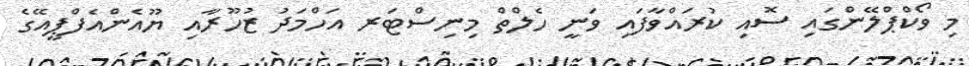
މި ވޯކްޕްލޭންގައި ސޮއި ކުރައްވާފައި ވަނީ ހެލްތް މިނިސްޓަރ އަހްމަދު ޒުހޫރާއި ޔޫއެންއެފްޕީއޭގެ